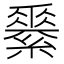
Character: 𦅽